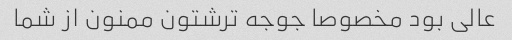
عالی بود مخصوصا جوجه ترشتون ممنون از شما